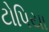
ટોપિયા